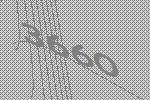
3660